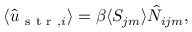
\begin{array} { r } { \langle \hat { u } _ { \mathrm { ~ s ~ t ~ r ~ } , i } \rangle = \beta \langle S _ { j m } \rangle \hat { N } _ { i j m } , } \end{array}